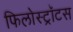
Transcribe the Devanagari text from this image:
फिलोस्ट्रॉटस